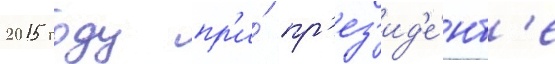
2015 году пр'и́ пр'ез'ид'е́нт'е